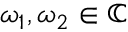
\omega _ { 1 } , \omega _ { 2 } \in \mathbb { C }